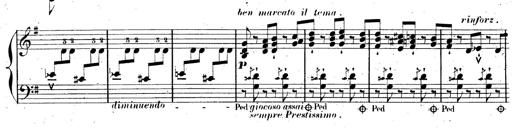
Title: AnnÃ©es de pÃ¨lerinage II, SupplÃ©ment
Composer: Franz Liszt